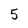
Character: 5